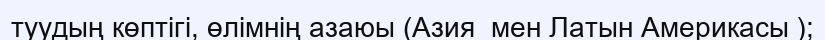
туудың көптігі, өлімнің азаюы (Азия  мен Латын Америкасы );